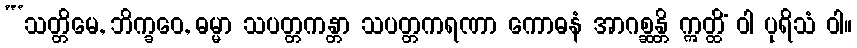
“‘သတ္တိမေ, ဘိက္ခဝေ, ဓမ္မာ သပတ္တကန္တာ သပတ္တကရဏာ ကောဓနံ အာဂစ္ဆန္တိ ဣတ္ထိံ ဝါ ပုရိသံ ဝါ။